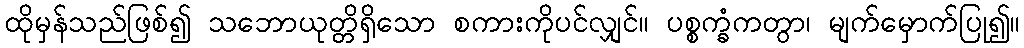
ထိုမှန်သည်ဖြစ်၍ သဘောယုတ္တိရှိသော စကားကိုပင်လျှင်။ ပစ္စက္ခံကတွာ၊ မျက်မှောက်ပြု၍။